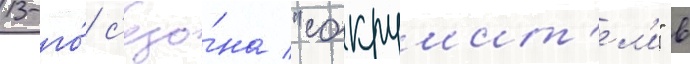
13-го́ с'езо́на "сокрушит'ел'и" в